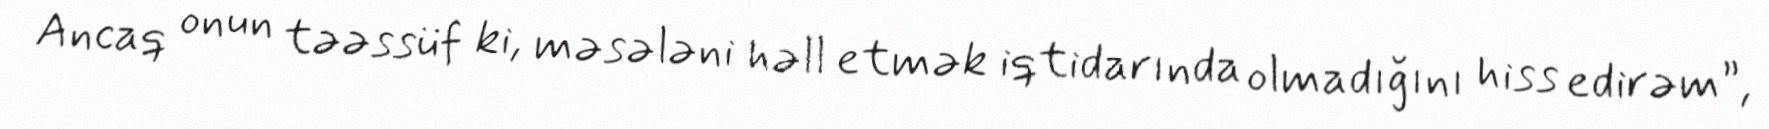
Ancaq onun təəssüf ki, məsələni həll etmək iqtidarında olmadığını hiss edirəm”,